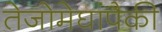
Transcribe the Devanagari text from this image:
तेजोमेघांपैकी